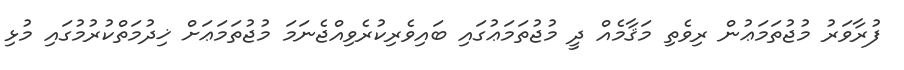
ފުރާވަރު މުޖުތަމަޢުން ރިވެތި މަޤާމެއް ދީ މުޖުތަމަޢުގައި ބައިވެރިކުރެވިއްޖެނަމަ މުޖުތަމަޢަށް ޚިދުމަތްކުރުމުގައި މުޅި